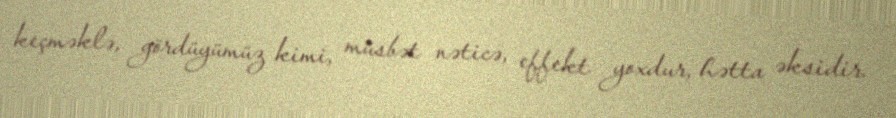
keçməklə, gördüyümüz kimi, müsbət nəticə, effekt yoxdur, hətta əksidir.